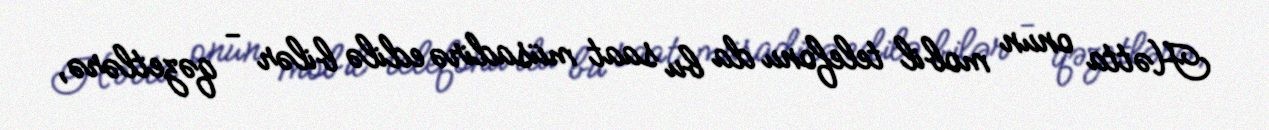
Hətta onun mobil telefonu da bu saat müsadirə edilə bilər - qəzetlərə,